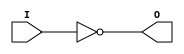
///////////////////////////////////////////////////////////////////////////////
// Copyright (c) 1995/2015 Xilinx, Inc.
// All Right Reserved.
///////////////////////////////////////////////////////////////////////////////
//   ____  ____
//  /   /\/   /
// /___/  \  /    Vendor : Xilinx
// \   \   \/     Version : 2015.4
//  \   \         Description : Xilinx Formal Library Component
//  /   /                  Inverter
// /___/   /\     Filename : INV.v
// \   \  /  \
//  \___\/\___\
//
///////////////////////////////////////////////////////////////////////////////
// Revision:
//    04/01/08 - Initial version.
// End Revision
///////////////////////////////////////////////////////////////////////////////

`timescale  1 ps / 1 ps

`celldefine

module INV (O, I);

`ifdef XIL_TIMING
 
  parameter LOC = "UNPLACED";

`endif

    output O;

    input  I;

  not N1 (O, I);

endmodule

`endcelldefine